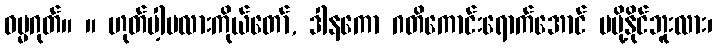
ဓမ္မဂုတ်။ ။ ဟုတ်ပါ့မလားကိုယ်တော်, ဒါနကော ဂတိကောင်းရောက်အောင် မပို့နိုင်ဘူးလား၊